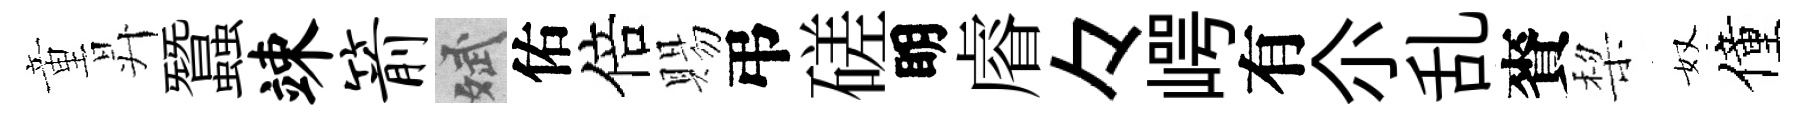
童昇蠶竦箭斌佑倍賜弔磋眀𥈠々崿有尒乱賚棃奴僮